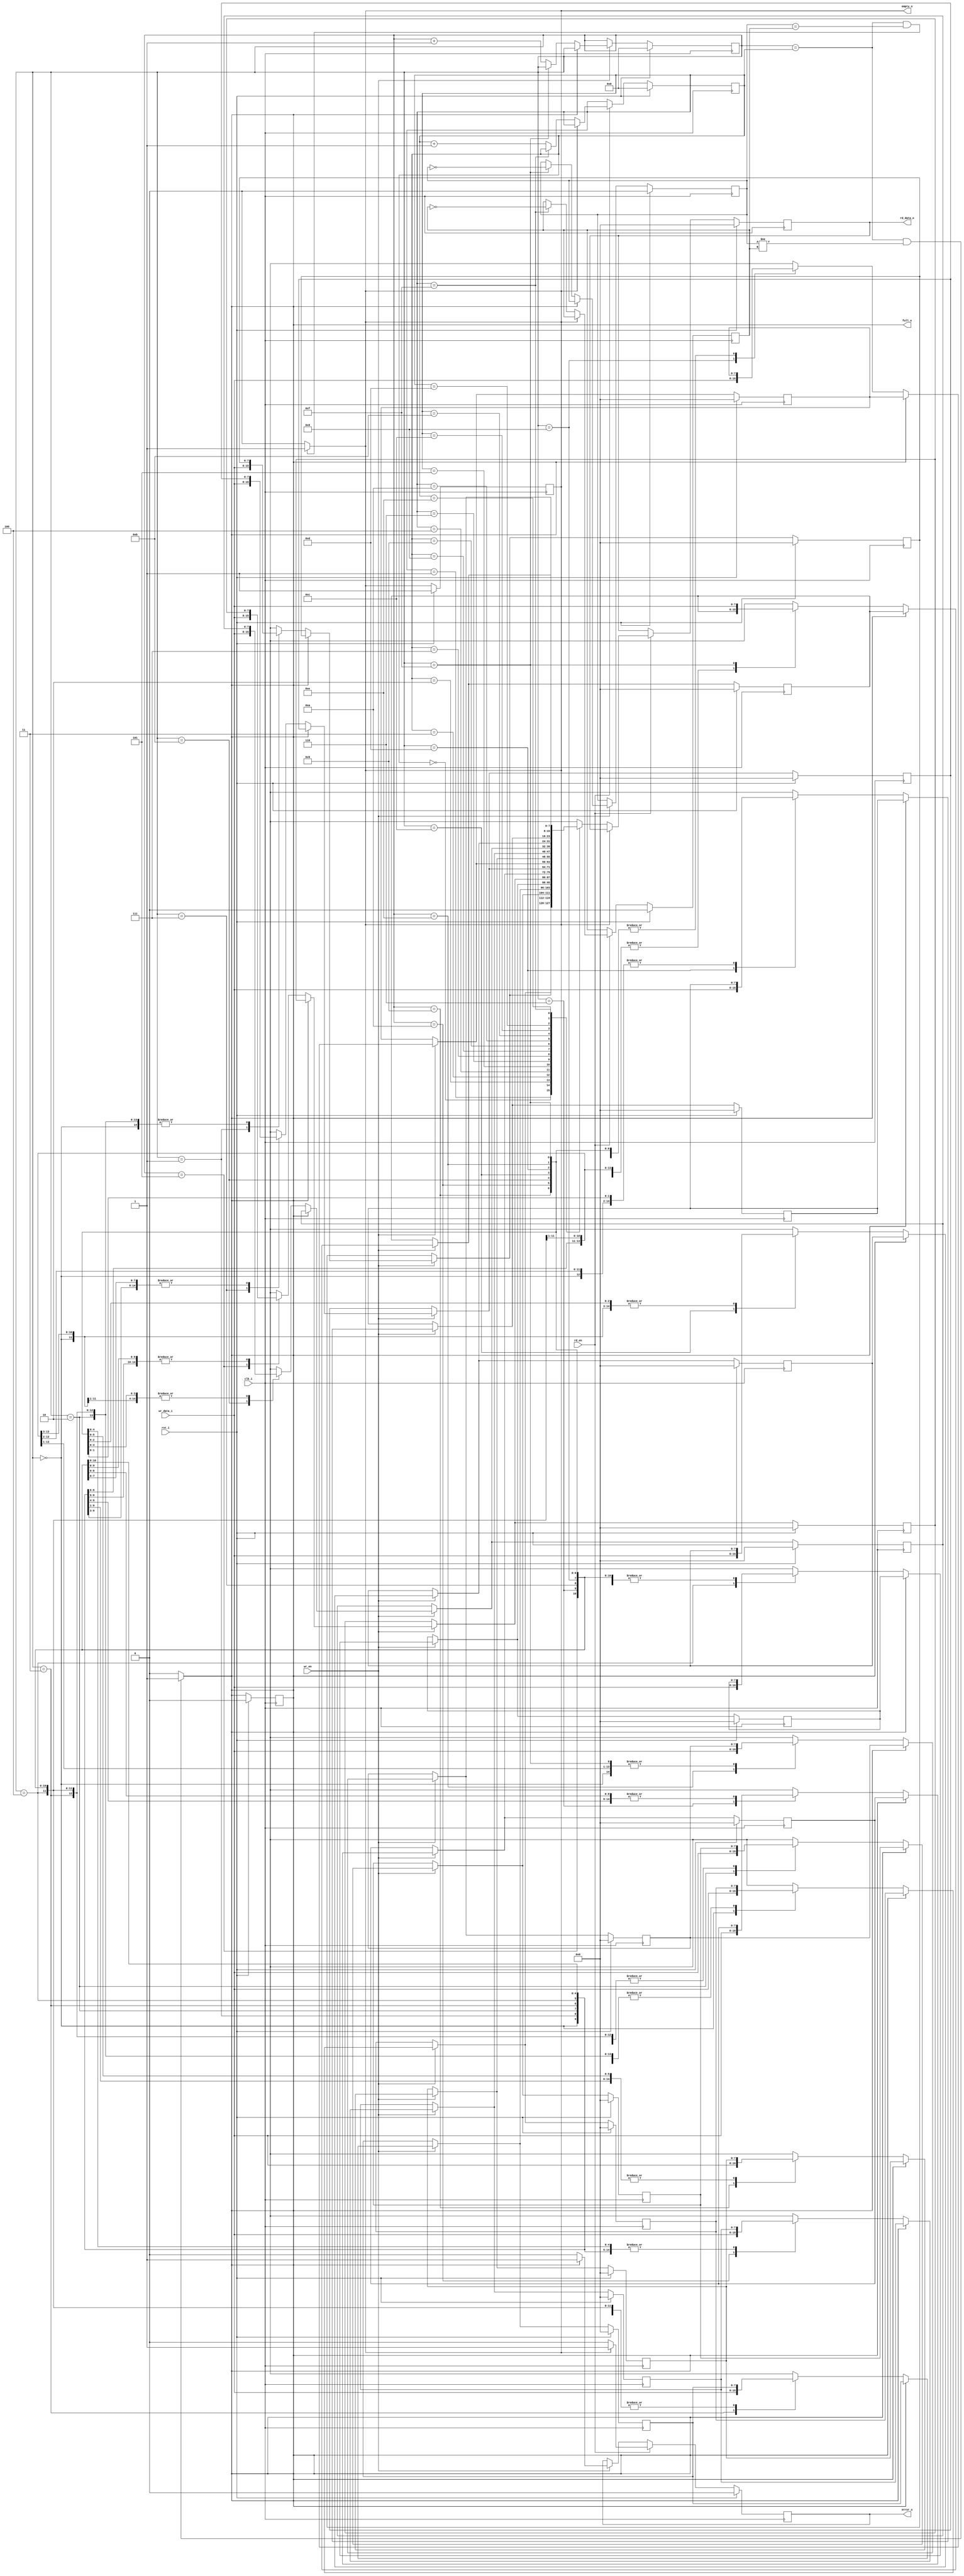
module syncfifo(clk_i,rst_i,wr_data_i,rd_data_o,wr_en,rd_en,empty_o,full_o,error_o);
parameter WIDTH=8;
parameter DEPTH=16;
parameter ADDR_WIDTH=$clog2(DEPTH);
input clk_i,rst_i;
input wr_en,rd_en;
input [WIDTH-1:0] wr_data_i;
output reg [WIDTH-1:0] rd_data_o;
output reg full_o,empty_o,error_o;
reg  [ADDR_WIDTH-1:0] wr_ptr;
reg  [ADDR_WIDTH-1:0] rd_ptr;
reg  wr_toggle,rd_toggle;
reg [WIDTH-1:0] mem [DEPTH-1:0];
integer i;

always@(posedge clk_i)begin
	if (rst_i==1)begin
		full_o=0;
		empty_o=1;
		error_o=0;
		rd_data_o=0;
		wr_ptr=0;
		rd_ptr=0;
		wr_toggle=0;
		rd_toggle=0;
		for(i=0;i<DEPTH;i=i+1)begin
			mem[i]=0;
		end
	end
	else begin 
		if(wr_en==1)begin
			if (full_o==0)begin
				error_o=0;
				mem[wr_ptr]=wr_data_i;
				if(wr_ptr==DEPTH-1)begin
					wr_toggle=~wr_toggle;
				end
				else begin
					wr_ptr=wr_ptr+1;
				end
			end
			else begin 
				error_o=1;
			end	
		end
		if(rd_en==1)begin
			if (empty_o==0)begin
				error_o=0;
				rd_data_o=mem[rd_ptr];
				if(rd_ptr==DEPTH-1)begin
					rd_toggle=~rd_toggle;
				end
				else begin
					rd_ptr=rd_ptr+1;
				end
			end
			else begin 
			error_o=1;
			end	
		end
	end
end
always@(*)begin
empty_o=0;
full_o=0;
if(wr_ptr==rd_ptr && wr_toggle!=rd_toggle)begin
	full_o=1;
end
if(wr_ptr==rd_ptr && wr_toggle==rd_toggle)begin
	empty_o=1;
end
end
endmodule